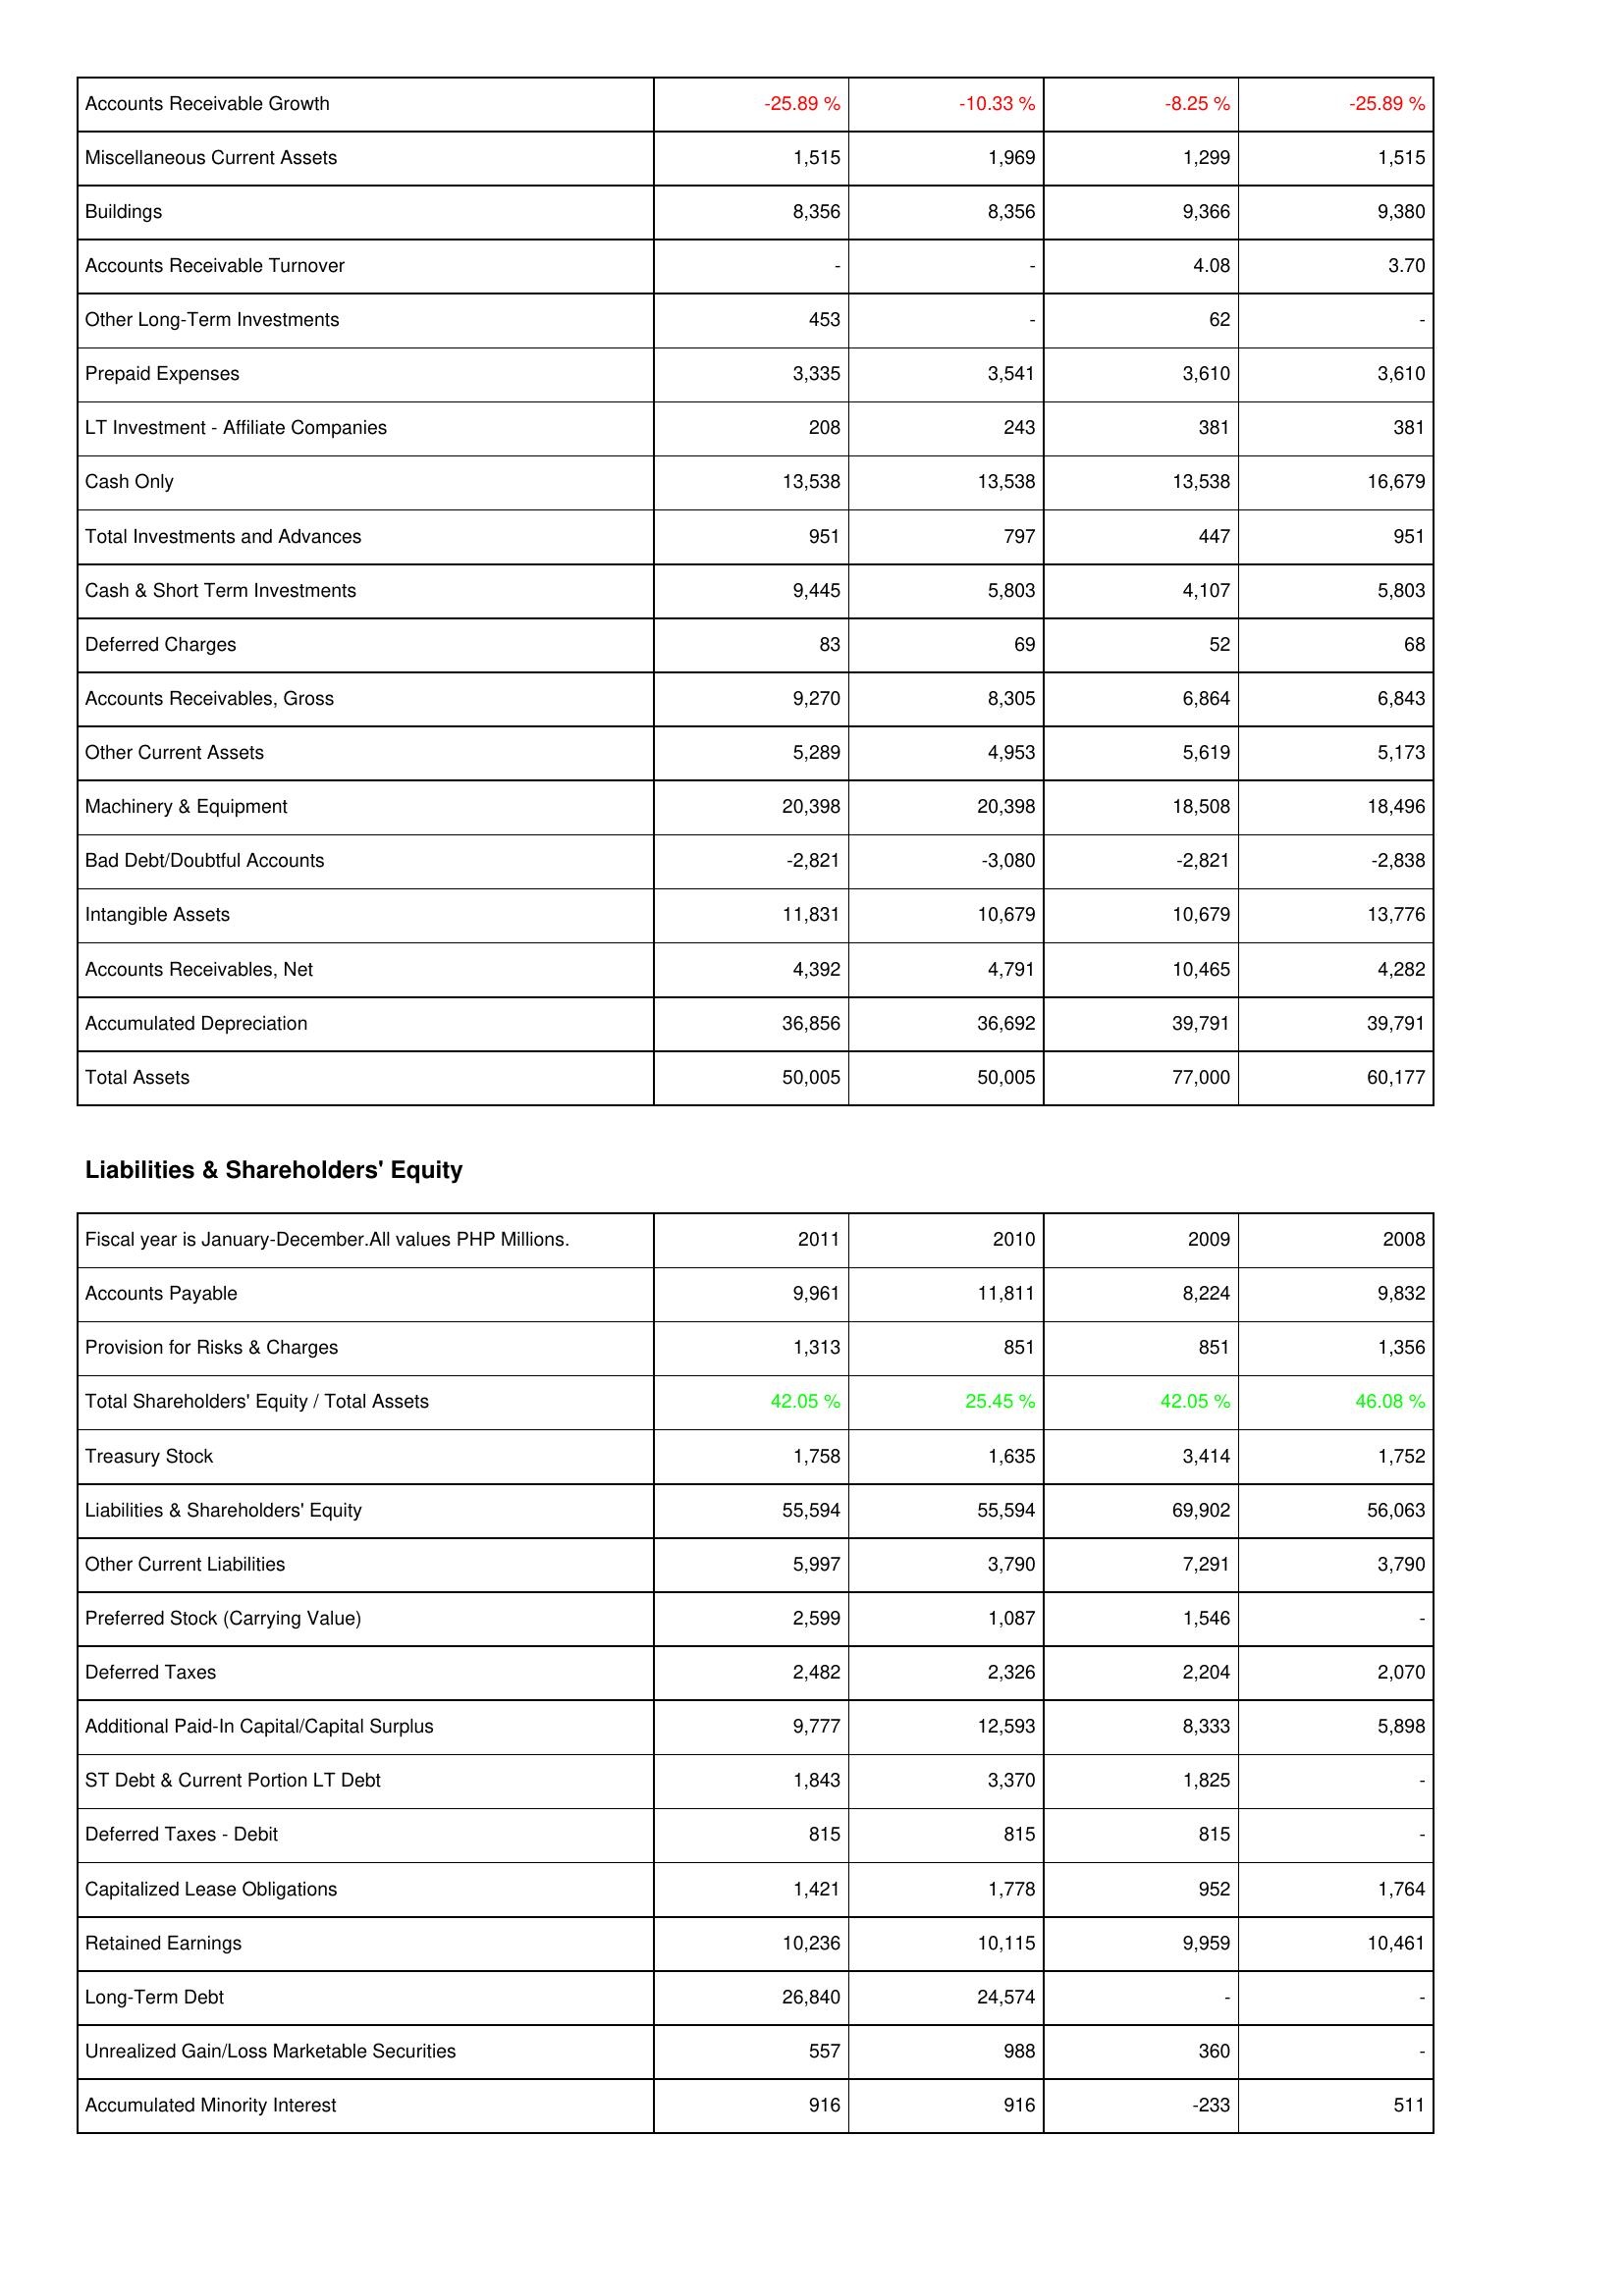
2011: Assets: Accounts Receivable Growth: -25.89 %
Miscellaneous Current Assets: 1,515
Buildings: 8,356
Accounts Receivable Turnover: -
Other Long-Term Investments: 453
Prepaid Expenses: 3,335
LT Investment - Affiliate Companies: 208
Cash Only: 13,538
Total Investments and Advances: 951
Cash & Short Term Investments: 9,445
Deferred Charges: 83
Accounts Receivables, Gross: 9,270
Other Current Assets: 5,289
Machinery & Equipment: 20,398
Bad Debt/Doubtful Accounts: -2,821
Intangible Assets: 11,831
Accounts Receivables, Net: 4,392
Accumulated Depreciation: 36,856
Total Assets: 50,005
Liabilities & Shareholders' Equity: Accounts Payable: 9,961
Provision for Risks & Charges: 1,313
Total Shareholders' Equity / Total Assets: 42.05 %
Treasury Stock: 1,758
Liabilities & Shareholders' Equity: 55,594
Other Current Liabilities: 5,997
Preferred Stock (Carrying Value): 2,599
Deferred Taxes: 2,482
Additional Paid-In Capital/Capital Surplus: 9,777
ST Debt & Current Portion LT Debt: 1,843
Deferred Taxes - Debit: 815
Capitalized Lease Obligations: 1,421
Retained Earnings: 10,236
Long-Term Debt: 26,840
Unrealized Gain/Loss Marketable Securities: 557
Accumulated Minority Interest: 916
2010: Assets: Accounts Receivable Growth: -10.33 %
Miscellaneous Current Assets: 1,969
Buildings: 8,356
Accounts Receivable Turnover: -
Other Long-Term Investments: -
Prepaid Expenses: 3,541
LT Investment - Affiliate Companies: 243
Cash Only: 13,538
Total Investments and Advances: 797
Cash & Short Term Investments: 5,803
Deferred Charges: 69
Accounts Receivables, Gross: 8,305
Other Current Assets: 4,953
Machinery & Equipment: 20,398
Bad Debt/Doubtful Accounts: -3,080
Intangible Assets: 10,679
Accounts Receivables, Net: 4,791
Accumulated Depreciation: 36,692
Total Assets: 50,005
Liabilities & Shareholders' Equity: Accounts Payable: 11,811
Provision for Risks & Charges: 851
Total Shareholders' Equity / Total Assets: 25.45 %
Treasury Stock: 1,635
Liabilities & Shareholders' Equity: 55,594
Other Current Liabilities: 3,790
Preferred Stock (Carrying Value): 1,087
Deferred Taxes: 2,326
Additional Paid-In Capital/Capital Surplus: 12,593
ST Debt & Current Portion LT Debt: 3,370
Deferred Taxes - Debit: 815
Capitalized Lease Obligations: 1,778
Retained Earnings: 10,115
Long-Term Debt: 24,574
Unrealized Gain/Loss Marketable Securities: 988
Accumulated Minority Interest: 916
2009: Assets: Accounts Receivable Growth: -8.25 %
Miscellaneous Current Assets: 1,299
Buildings: 9,366
Accounts Receivable Turnover: 4.08
Other Long-Term Investments: 62
Prepaid Expenses: 3,610
LT Investment - Affiliate Companies: 381
Cash Only: 13,538
Total Investments and Advances: 447
Cash & Short Term Investments: 4,107
Deferred Charges: 52
Accounts Receivables, Gross: 6,864
Other Current Assets: 5,619
Machinery & Equipment: 18,508
Bad Debt/Doubtful Accounts: -2,821
Intangible Assets: 10,679
Accounts Receivables, Net: 10,465
Accumulated Depreciation: 39,791
Total Assets: 77,000
Liabilities & Shareholders' Equity: Accounts Payable: 8,224
Provision for Risks & Charges: 851
Total Shareholders' Equity / Total Assets: 42.05 %
Treasury Stock: 3,414
Liabilities & Shareholders' Equity: 69,902
Other Current Liabilities: 7,291
Preferred Stock (Carrying Value): 1,546
Deferred Taxes: 2,204
Additional Paid-In Capital/Capital Surplus: 8,333
ST Debt & Current Portion LT Debt: 1,825
Deferred Taxes - Debit: 815
Capitalized Lease Obligations: 952
Retained Earnings: 9,959
Long-Term Debt: -
Unrealized Gain/Loss Marketable Securities: 360
Accumulated Minority Interest: -233
2008: Assets: Accounts Receivable Growth: -25.89 %
Miscellaneous Current Assets: 1,515
Buildings: 9,380
Accounts Receivable Turnover: 3.70
Other Long-Term Investments: -
Prepaid Expenses: 3,610
LT Investment - Affiliate Companies: 381
Cash Only: 16,679
Total Investments and Advances: 951
Cash & Short Term Investments: 5,803
Deferred Charges: 68
Accounts Receivables, Gross: 6,843
Other Current Assets: 5,173
Machinery & Equipment: 18,496
Bad Debt/Doubtful Accounts: -2,838
Intangible Assets: 13,776
Accounts Receivables, Net: 4,282
Accumulated Depreciation: 39,791
Total Assets: 60,177
Liabilities & Shareholders' Equity: Accounts Payable: 9,832
Provision for Risks & Charges: 1,356
Total Shareholders' Equity / Total Assets: 46.08 %
Treasury Stock: 1,752
Liabilities & Shareholders' Equity: 56,063
Other Current Liabilities: 3,790
Preferred Stock (Carrying Value): -
Deferred Taxes: 2,070
Additional Paid-In Capital/Capital Surplus: 5,898
ST Debt & Current Portion LT Debt: -
Deferred Taxes - Debit: -
Capitalized Lease Obligations: 1,764
Retained Earnings: 10,461
Long-Term Debt: -
Unrealized Gain/Loss Marketable Securities: -
Accumulated Minority Interest: 511